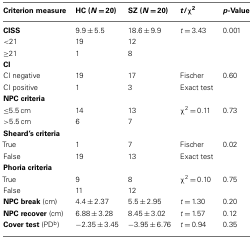
<table><thead><tr><td><b>Criterion measure</b></td><td><b>HC (<i>N</i> = 20)</b></td><td><b>SZ (<i>N</i> = 20)</b></td><td><b><i>t</i>/χ<sup>2</sup></b></td><td><b><i>p</i>-Value</b></td></tr></thead><tbody><tr><td><b>CISS</b></td><td>9.9 ± 5.5</td><td>18.6 ± 9.9</td><td><i>t</i> = 3.43</td><td>0.001</td></tr><tr><td>&lt;21</td><td>19</td><td>12</td><td></td><td></td></tr><tr><td>≥21</td><td>1</td><td>8</td><td></td><td></td></tr><tr><td><b>CI</b></td><td></td><td></td><td></td><td></td></tr><tr><td>CI negative</td><td>19</td><td>17</td><td>Fischer</td><td>0.60</td></tr><tr><td>CI positive</td><td>1</td><td>3</td><td>Exact test</td><td></td></tr><tr><td><b>NPC criteria</b></td><td></td><td></td><td></td><td></td></tr><tr><td>≤5.5 cm</td><td>14</td><td>13</td><td>χ<sup>2</sup> = 0.11</td><td>0.73</td></tr><tr><td>&gt;5.5 cm</td><td>6</td><td>7</td><td></td><td></td></tr><tr><td><b>Sheard’s criteria</b></td><td></td><td></td><td></td><td></td></tr><tr><td>True</td><td>1</td><td>7</td><td>Fischer</td><td>0.02</td></tr><tr><td>False</td><td>19</td><td>13</td><td>Exact test</td><td></td></tr><tr><td><b>Phoria criteria</b></td><td></td><td></td><td></td><td></td></tr><tr><td>True</td><td>9</td><td>8</td><td>χ<sup>2</sup> = 0.10</td><td>0.75</td></tr><tr><td>False</td><td>11</td><td>12</td><td></td><td></td></tr><tr><td><b>NPC break</b> (cm)</td><td>4.4 ± 2.37</td><td>5.5 ± 2.95</td><td><i>t</i> = 1.30</td><td>0.20</td></tr><tr><td><b>NPC recover</b> (cm)</td><td>6.88 ± 3.28</td><td>8.45 ± 3.02</td><td><i>t</i> = 1.57</td><td>0.12</td></tr><tr><td><b>Cover test</b> (PD<sup>b</sup>)</td><td>−2.35 ± 3.45</td><td>−3.95 ± 6.76</td><td><i>t</i> = 0.94</td><td>0.35</td></tr></tbody></table>